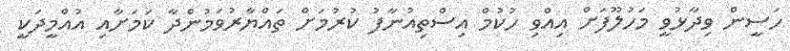
ހަސީން ވިދާޅުވީ މަހުލޫފަށް އިއްވި ހުކުމް އިސްތިއުނާފު ކުރުމަށް ތައްޔާރުވަމުންދާ ކަމަށާއި އުއްމީދަކީ